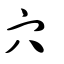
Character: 穴